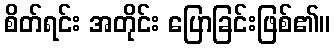
စိတ်ရင်း အတိုင်း ပြောခြင်းဖြစ်၏။